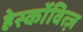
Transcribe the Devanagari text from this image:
हेर्स्कोवित्ज़